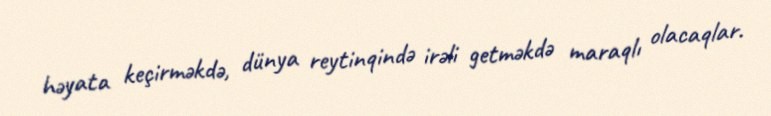
həyata keçirməkdə, dünya reytinqində irəli getməkdə maraqlı olacaqlar.